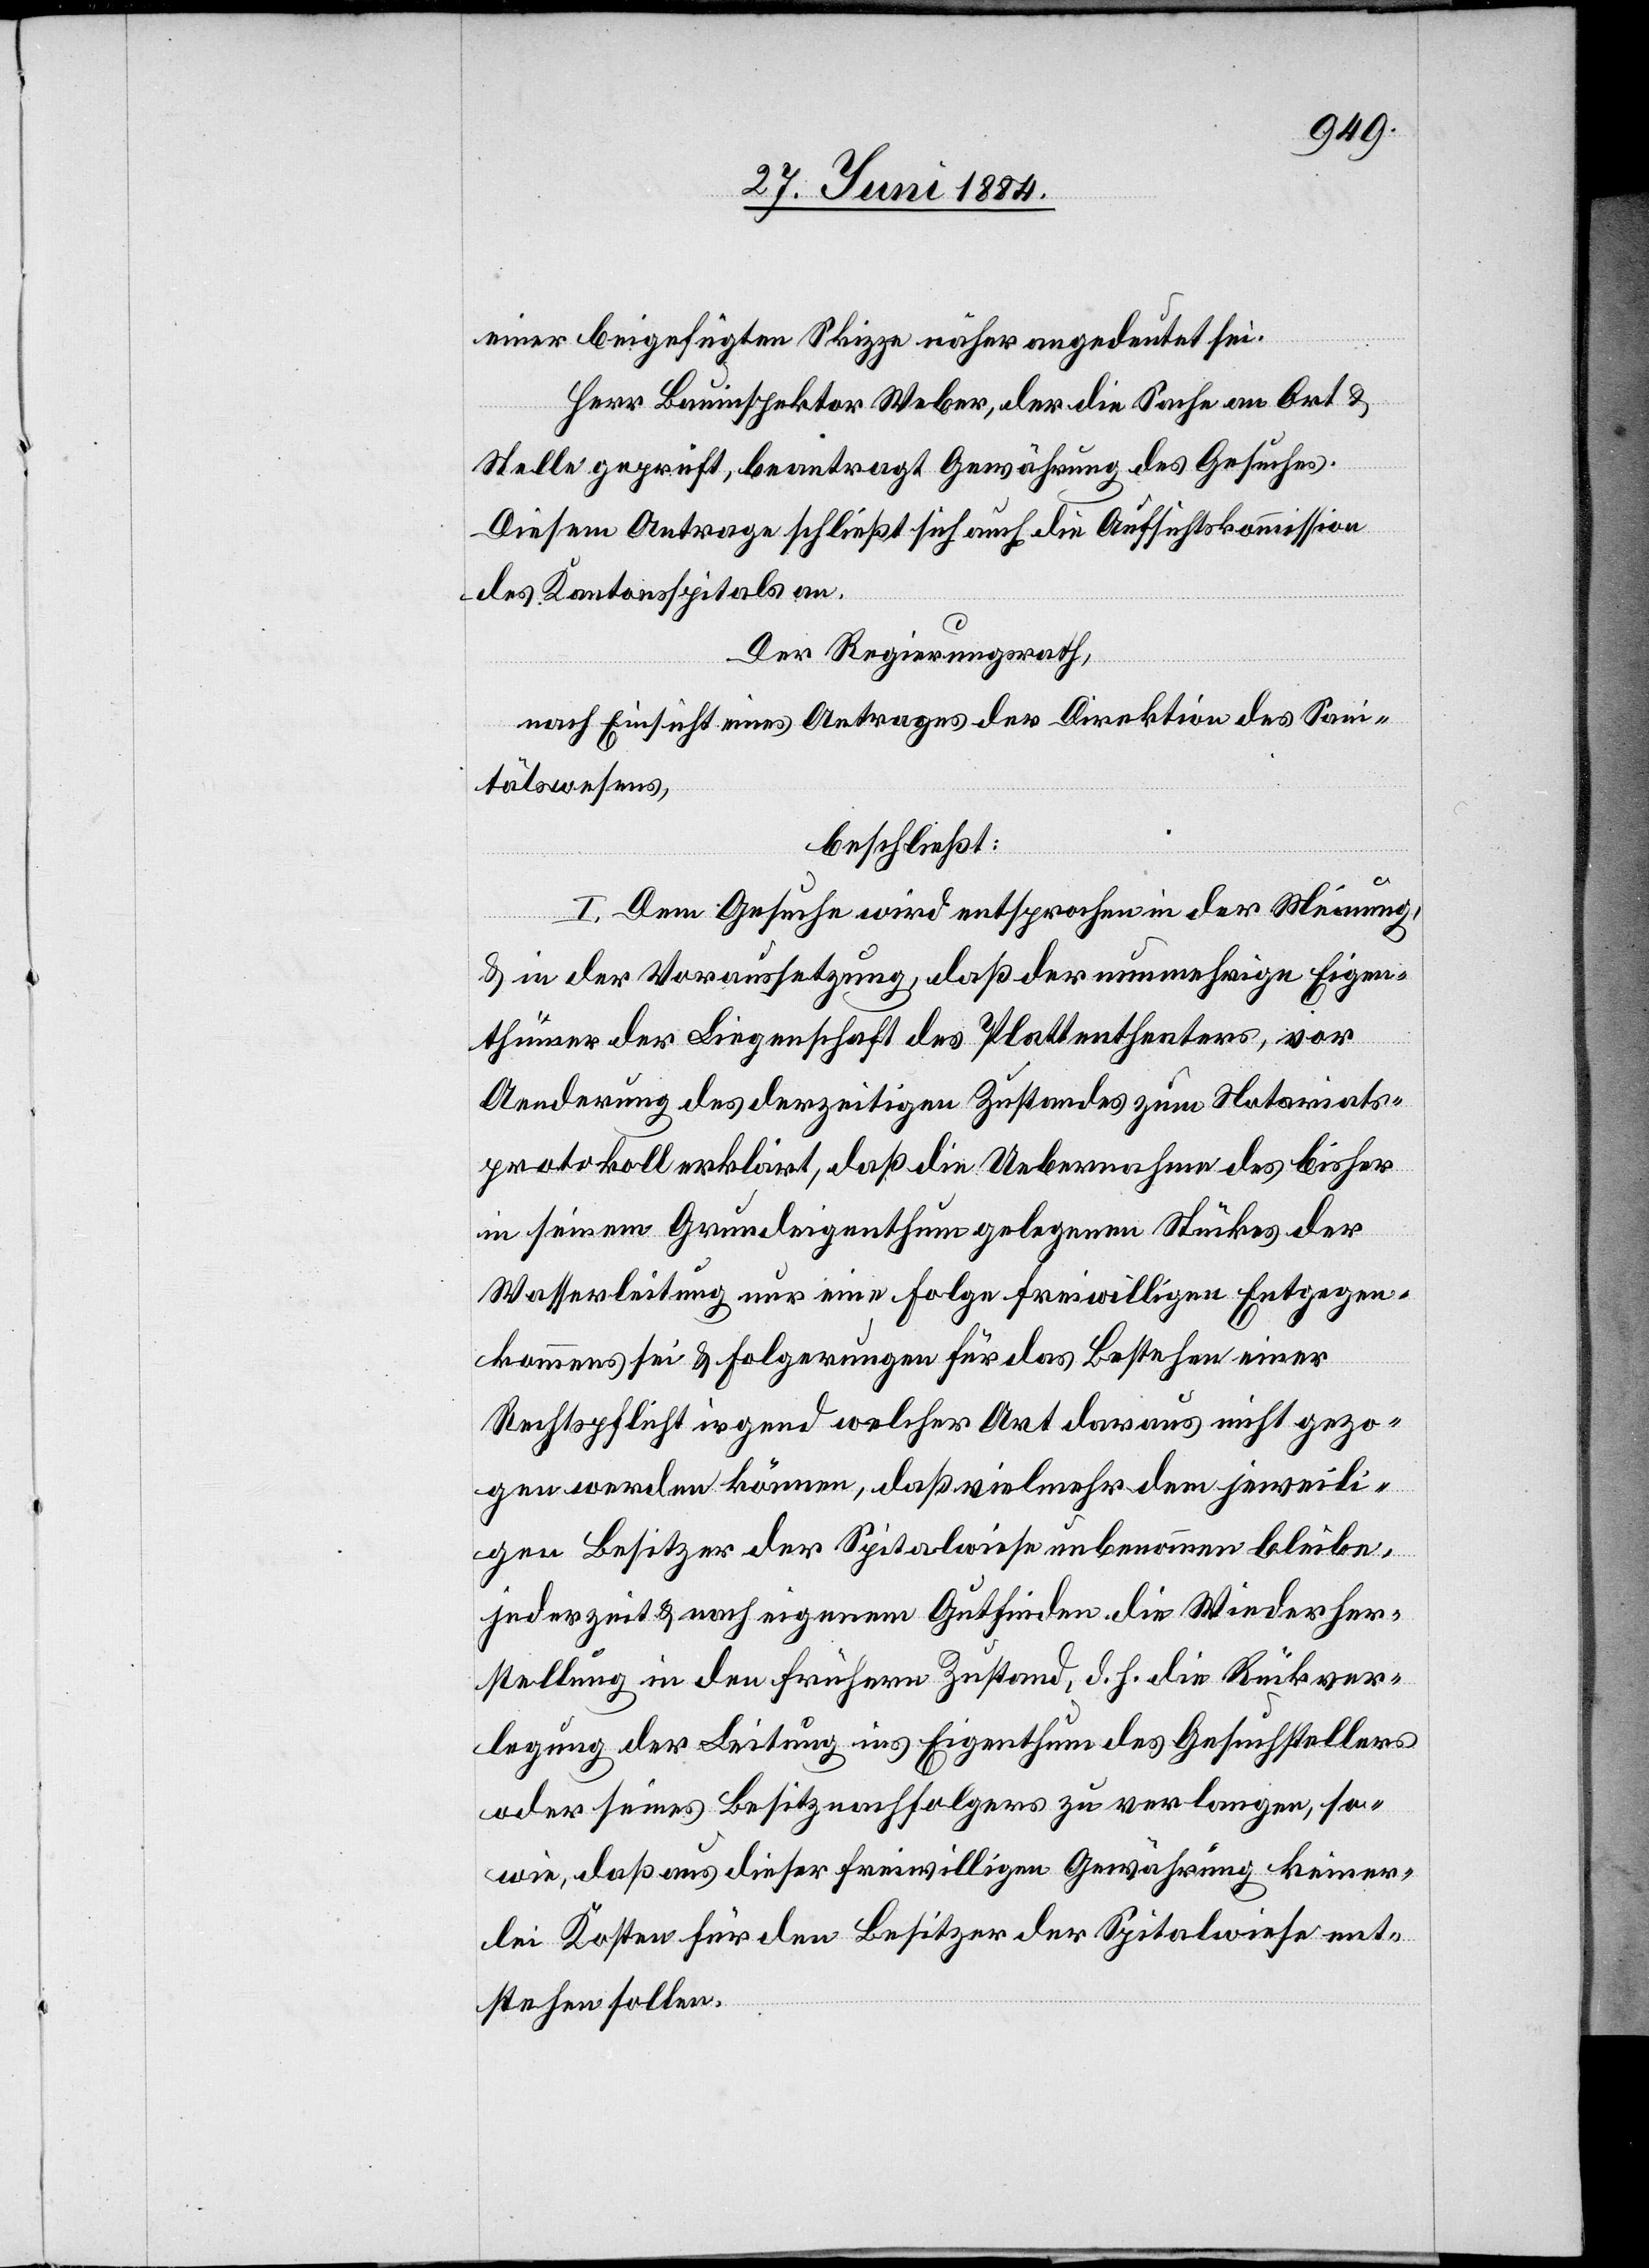
einer beigefügten Skizze näher angedeutet sei.
Herr Bauinspektor Weber, der die Sache an Ort &
Stelle geprüft, beantragt Gewährung des Gesuches.
Diesem Antrage schließt sich auch die Aufsichtskommission
des Kantonsspitals an.
Der Regierungsrath,
nach Einsicht eines Antrages der Direktion des Sani¬
tätswesens,
beschließt:
I. Dem Gesuche wird entsprochen in der Meinung,
& in der Voraussetzung, daß der nunmehrige Eigen¬
thümer der Liegenschaft des Plattentheaters, vor
Aenderung des derzeitigen Zustandes zum Notariats¬
protokoll erklärt, daß die Uebernahme des bisher
in seinem Grundeigenthum gelegenen Stückes der
Wasserleitung nur eine Folge freiwilligen Entgegen¬
kommens sei & Folgerungen für das Bestehen einer
Rechtspflicht irgend welcher Art daraus nicht gezo¬
gen werden können, daß vielmehr dem jeweili¬
gen Besitzer der Spitalwiese unbenommen bleibe,
jederzeit & nach eigenem Gutfinden die Wiederher¬
stellung in den frühern Zustand, d. h. die Rückver¬
legung der Leitung ins Eigenthum des Gesuchstellers
oder seines Besitznachfolgers zu verlangen, so¬
wie, daß aus dieser freiwilligen Gewährung keiner¬
lei Kosten für den Besitzer der Spitalwiese ent¬
stehen sollen.